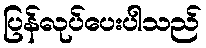
ပြန်လုပ်ပေးပါသည်